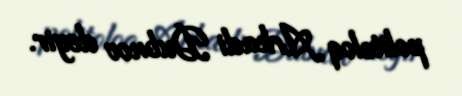
politoloq Arkadi Dubnov deyir.